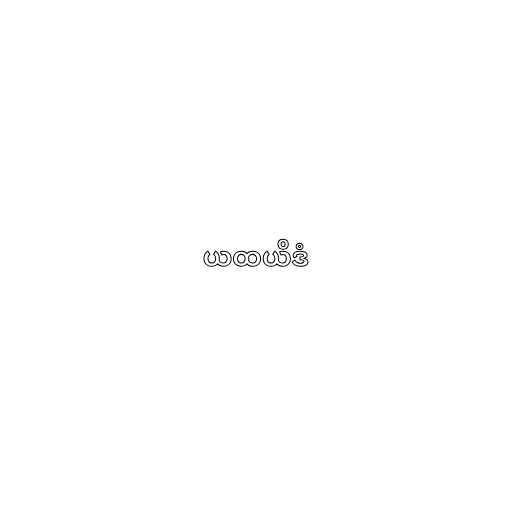
ယထယိဒံ